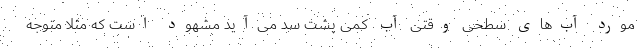
مورد آب‌های سطحی وقتی آب کمی پشت سد می‌آید مشهود است که مثلا متوجه